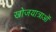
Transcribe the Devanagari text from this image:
खोजयात्राओं